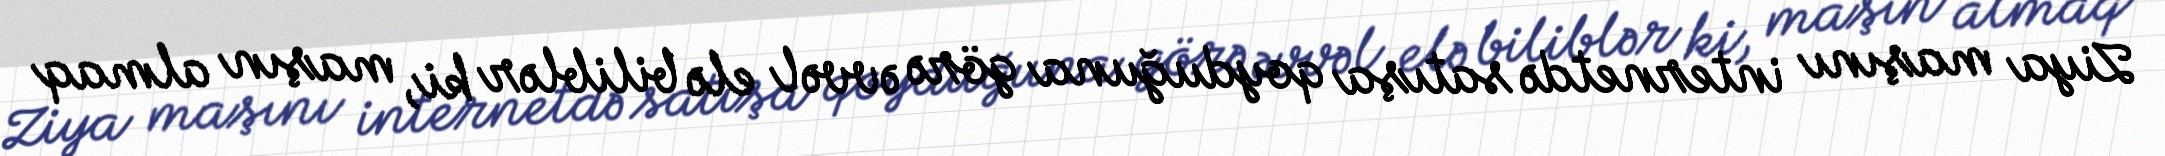
Ziya maşını internetdə satışa qoyduğuna görə əvvəl elə biliblər ki, maşın almaq